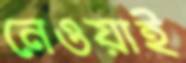
নেওয়াই